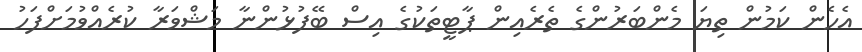
އެހެން ކަމުން ތިޔަ މެންބަރުންގެ ތެރެއިން ޕާޓީތަކުގެ އިސް ބޭފުޅުންނާ މަޝްވަރާ ކުރެއްވުމަށްފަހު